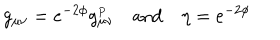
g _ { \mu \nu } = e ^ { - 2 \phi } g _ { \mu \nu } ^ { _ P } \mathrm { a n d } \eta = e ^ { - 2 \phi }